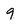
Character: 9